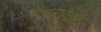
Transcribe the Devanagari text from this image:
परार्वतन